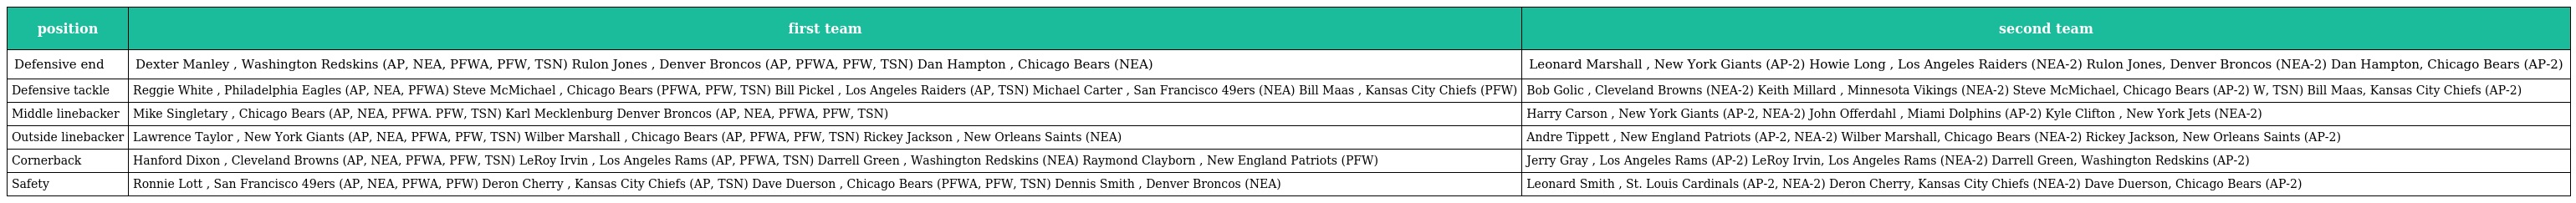
| position | first team | second team |
 | --- | --- | --- |
 | Defensive end | Dexter Manley , Washington Redskins (AP, NEA, PFWA, PFW, TSN) Rulon Jones , Denver Broncos (AP, PFWA, PFW, TSN) Dan Hampton , Chicago Bears (NEA) | Leonard Marshall , New York Giants (AP-2) Howie Long , Los Angeles Raiders (NEA-2) Rulon Jones, Denver Broncos (NEA-2) Dan Hampton, Chicago Bears (AP-2) |
 | Defensive tackle | Reggie White , Philadelphia Eagles (AP, NEA, PFWA) Steve McMichael , Chicago Bears (PFWA, PFW, TSN) Bill Pickel , Los Angeles Raiders (AP, TSN) Michael Carter , San Francisco 49ers (NEA) Bill Maas , Kansas City Chiefs (PFW) | Bob Golic , Cleveland Browns (NEA-2) Keith Millard , Minnesota Vikings (NEA-2) Steve McMichael, Chicago Bears (AP-2) W, TSN) Bill Maas, Kansas City Chiefs (AP-2) |
 | Middle linebacker | Mike Singletary , Chicago Bears (AP, NEA, PFWA. PFW, TSN) Karl Mecklenburg Denver Broncos (AP, NEA, PFWA, PFW, TSN) | Harry Carson , New York Giants (AP-2, NEA-2) John Offerdahl , Miami Dolphins (AP-2) Kyle Clifton , New York Jets (NEA-2) |
 | Outside linebacker | Lawrence Taylor , New York Giants (AP, NEA, PFWA, PFW, TSN) Wilber Marshall , Chicago Bears (AP, PFWA, PFW, TSN) Rickey Jackson , New Orleans Saints (NEA) | Andre Tippett , New England Patriots (AP-2, NEA-2) Wilber Marshall, Chicago Bears (NEA-2) Rickey Jackson, New Orleans Saints (AP-2) |
 | Cornerback | Hanford Dixon , Cleveland Browns (AP, NEA, PFWA, PFW, TSN) LeRoy Irvin , Los Angeles Rams (AP, PFWA, TSN) Darrell Green , Washington Redskins (NEA) Raymond Clayborn , New England Patriots (PFW) | Jerry Gray , Los Angeles Rams (AP-2) LeRoy Irvin, Los Angeles Rams (NEA-2) Darrell Green, Washington Redskins (AP-2) |
 | Safety | Ronnie Lott , San Francisco 49ers (AP, NEA, PFWA, PFW) Deron Cherry , Kansas City Chiefs (AP, TSN) Dave Duerson , Chicago Bears (PFWA, PFW, TSN) Dennis Smith , Denver Broncos (NEA) | Leonard Smith , St. Louis Cardinals (AP-2, NEA-2) Deron Cherry, Kansas City Chiefs (NEA-2) Dave Duerson, Chicago Bears (AP-2) |